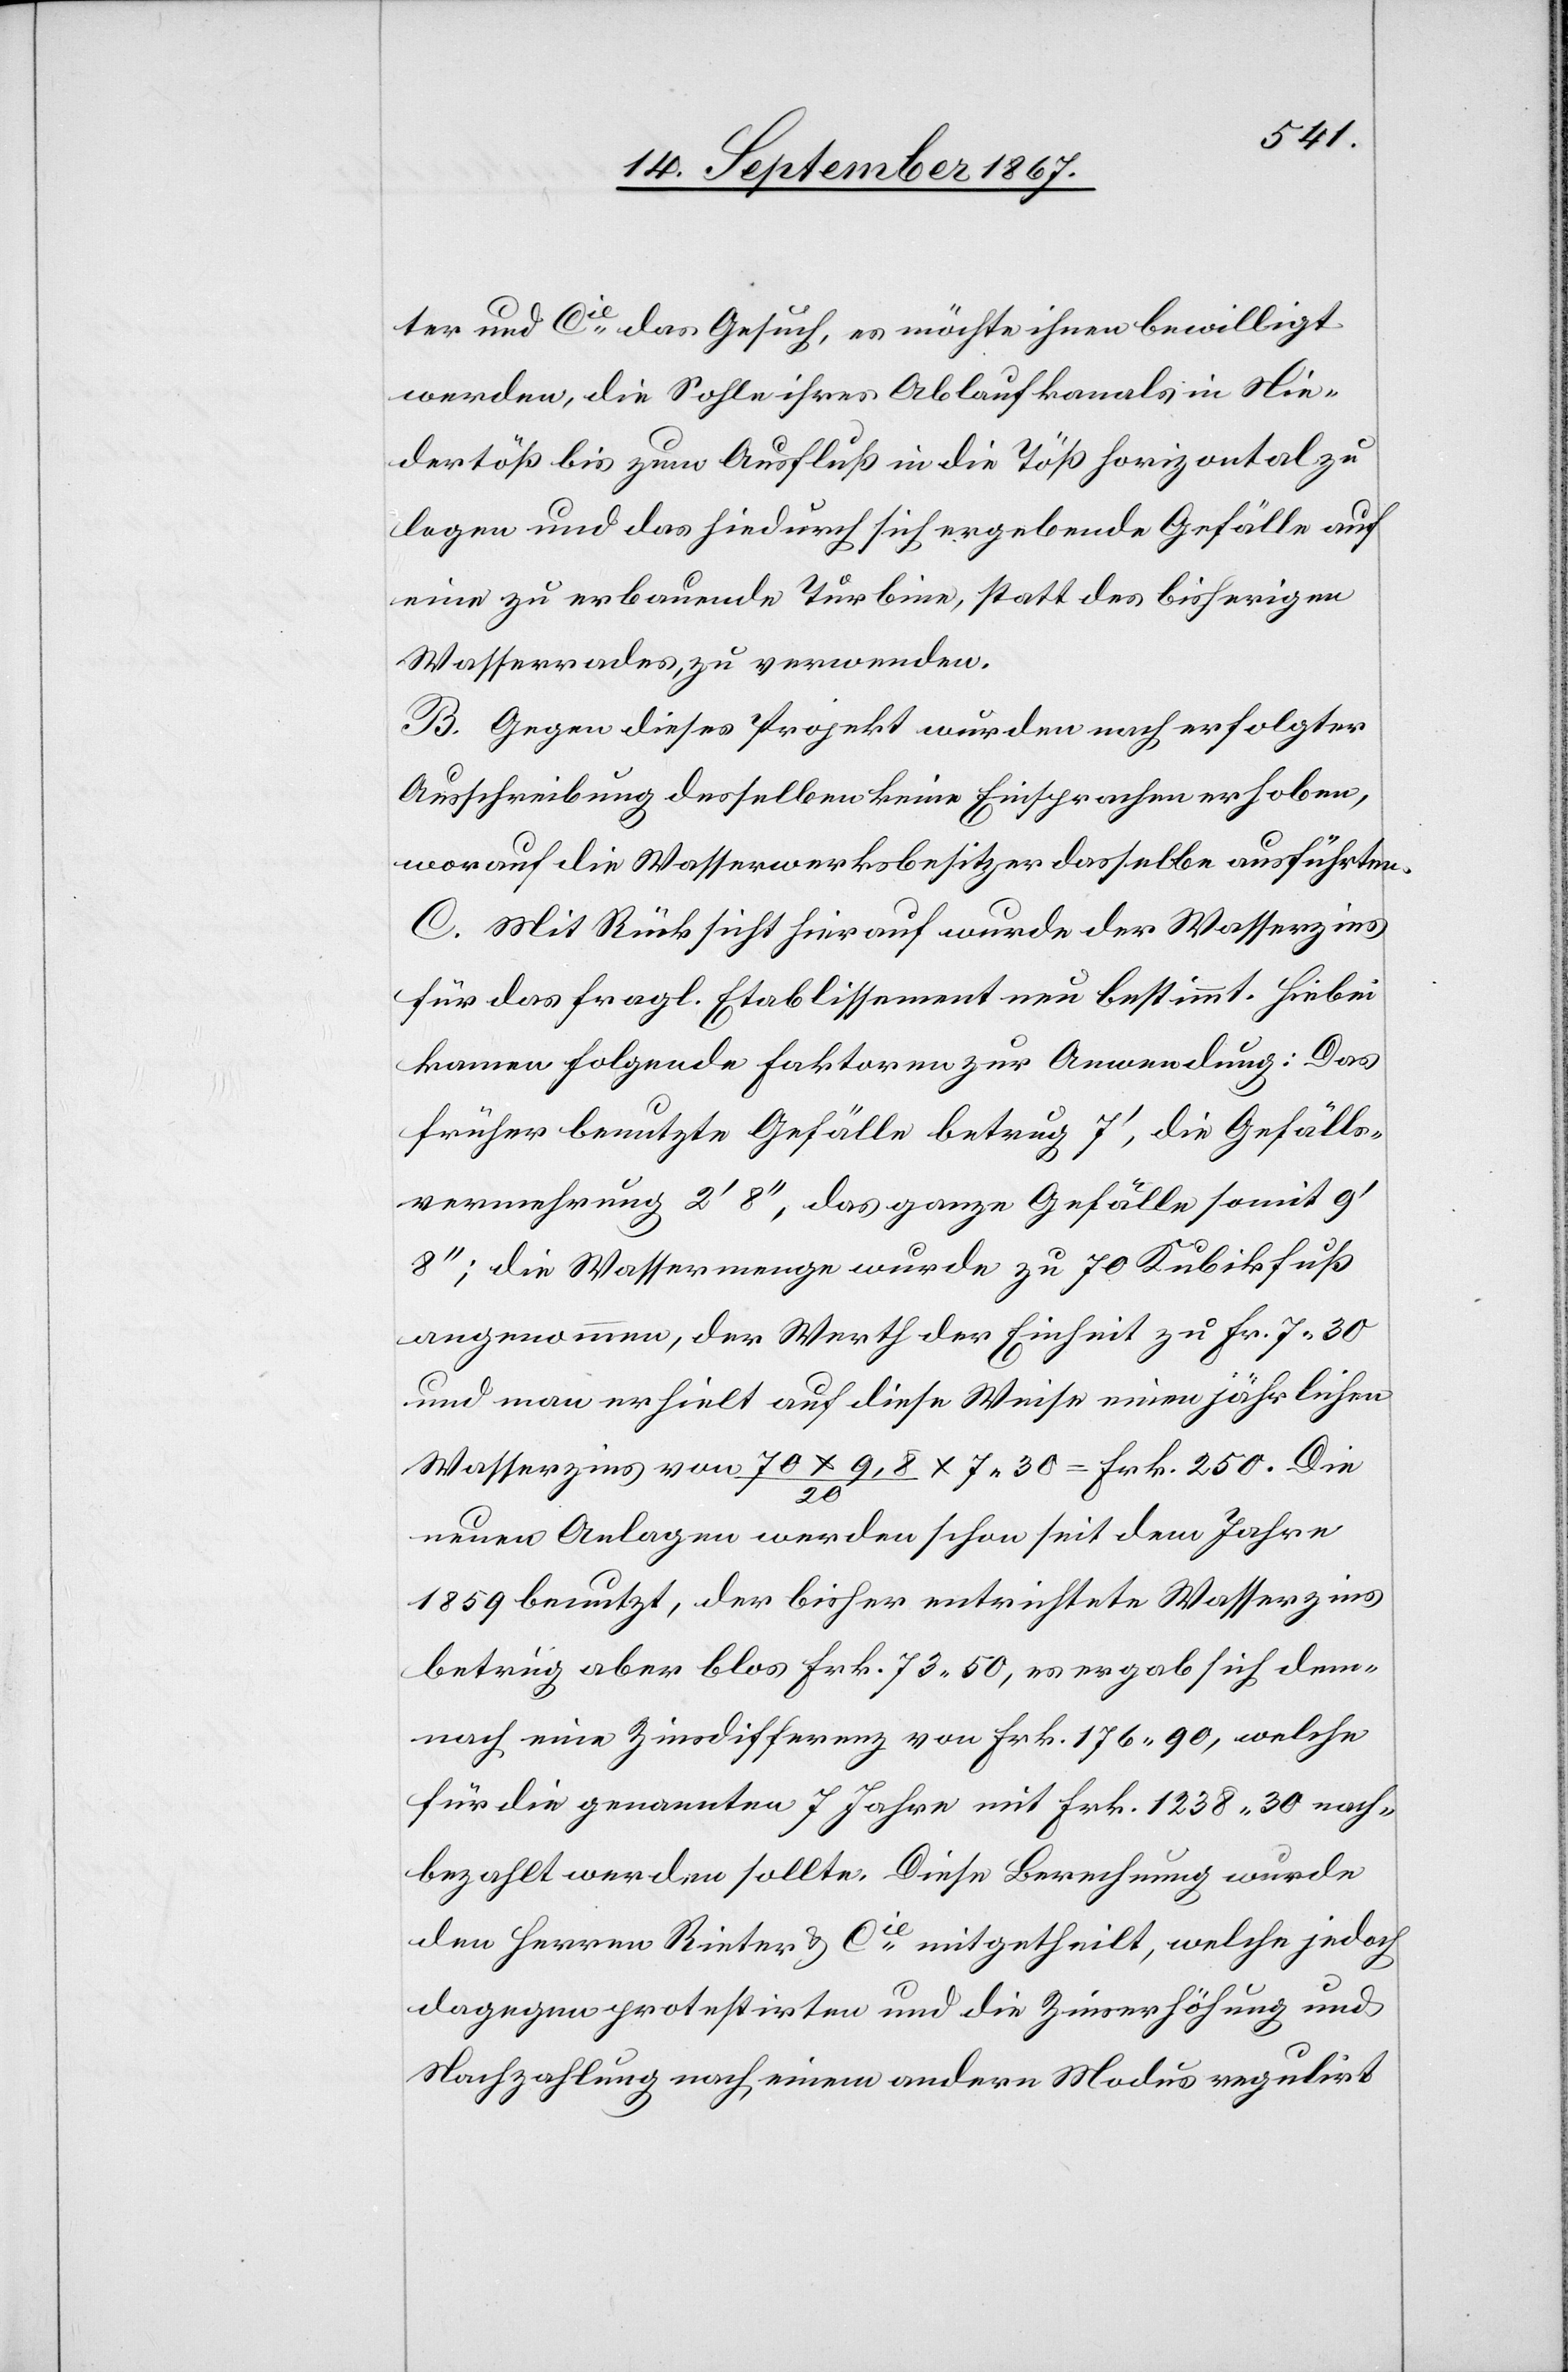
ter und Cie. das Gesuch, es möchte ihnen bewilligt
werden, die Sohle ihres Ablaufkanals in Nie¬
dertöß bis zum Ausfluß in die Töß horizontal zu
legen und das hiedurch sich ergebende Gefälle auf
eine zu erbauende Turbine, statt des bisherigen
Wasserrades, zu verwenden.
B. Gegen dieses Projekt wurden nach erfolgter
Ausschreibung desselben keine Einsprachen erhoben,
worauf die Wasserwerksbesitzer dasselbe ausführten.
C. Mit Rücksicht hierauf wurde der Wasserzins
für das fragl. Etablissement neu bestimmt. Hiebei
kamen folgende Faktoren zur Anwendung: Das
früher benutzte Gefälle betrug 7‘, die Gefälls¬
vermehrung 2‘ 8‘‘, das ganze Gefälle somit 9‘
8‘‘; die Wassermenge wurde zu 70 Kubikfuß
angenommen, der Werth der Einheit zu Fr. 7.30
und man erhielt auf diese Weise einen jährlichen
Wasserzins von 70 x 9,8 / 20 x 7.30 = Frk. 250. Die
neuen Anlagen werden schon seit dem Jahre
1859 benutzt, der bisher entrichtete Wasserzins
betrug aber blos Frk. 73.50, es ergab sich dem¬
nach eine Zinsdifferenz von Frk. 176.90, welche
für die genannten 7 Jahre mit Frk. 1238.30 nach¬
bezahlt werden sollte. Diese Berechnung wurde
den Herren Rieter u. Cie. mitgetheilt, welche jedoch
dagegen protestirten und die Zinserhöhung und
Nachzahlung nach einem andern Modus regulirt